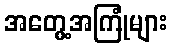
အတွေ့အကြုံများ